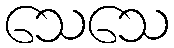
သေသေ